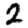
Digit: 2